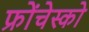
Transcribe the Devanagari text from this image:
फ्रोंचेस्को